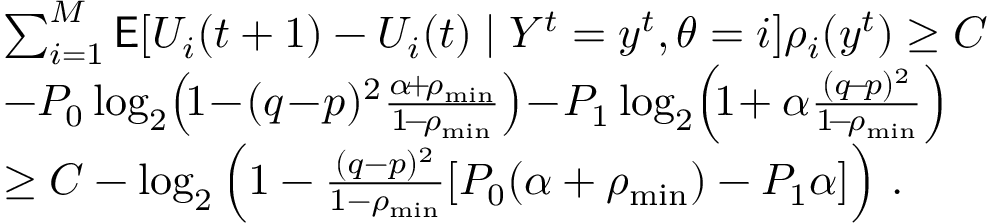
\begin{array} { r l } & { \sum _ { i = 1 } ^ { M } \mathsf { E } [ U _ { i } ( t + 1 ) - U _ { i } ( t ) \mid Y ^ { t } = y ^ { t } , \theta = i ] \rho _ { i } ( y ^ { t } ) \ge C } \\ & { - P _ { 0 } \log _ { 2 } \! \left( \! 1 \! - \! ( q \! - \! p ) ^ { 2 } \frac { \alpha \! + \! \rho _ { \operatorname* { m i n } } } { 1 \! - \! \rho _ { \operatorname* { m i n } } } \right) \! - \! P _ { 1 } \log _ { 2 } \! \left( \! 1 \! + \alpha \frac { ( q \! - \! p ) ^ { 2 } } { 1 \! - \! \rho _ { \operatorname* { m i n } } } \right) } \\ & { \ge C - \log _ { 2 } \left( 1 - \frac { ( q - p ) ^ { 2 } } { 1 - \rho _ { \operatorname* { m i n } } } [ P _ { 0 } ( \alpha + \rho _ { \operatorname* { m i n } } ) - P _ { 1 } \alpha ] \right) \, . } \end{array}